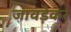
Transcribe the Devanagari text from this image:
जावड़ेकर